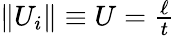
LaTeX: \begin{array}{r}{\| U_{i}\| \equiv U=\frac{\ell}{t}}\end{array}